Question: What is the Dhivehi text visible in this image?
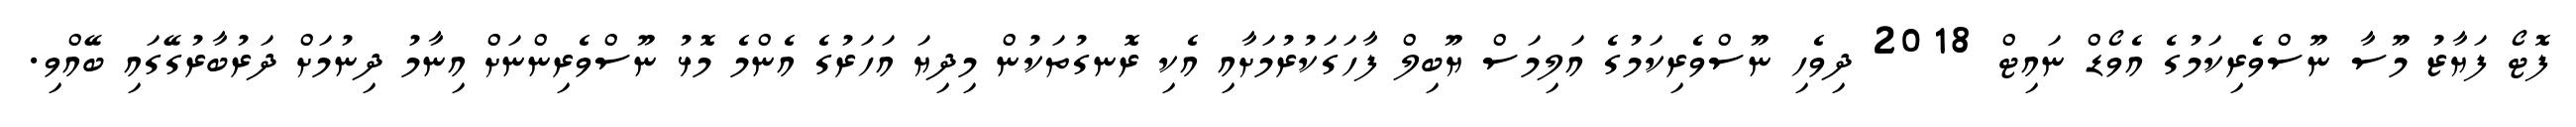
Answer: ފޮޓޯ ފަޔާޒު މޫސާ ނޫސްވެރިކަމުގެ އެވޯޑް ނައިޓް 2018 ދިވެހި ނޫސްވެރިކަމުގެ އަލިމަސް ޔޫބިލް ފާހަގަކުރުމަށާއި އެކި ރޮނގުތަކުން މިދިޔަ އަހަރުގެ އެންމެ މޮޅު ނޫސްވެރިންނަށް އިނާމު ދިނުމަށް ދަރުބާރުގޭގައި ބޭއްވި.